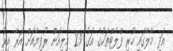
އަދި މާލޭގައި ހުރި ފްލެޓްތަކުގެ އަގު 2.9 މިލިއަން ރުފިޔާއަށް އަރާ އިރު